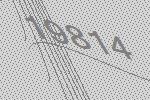
19814